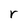
Character: r